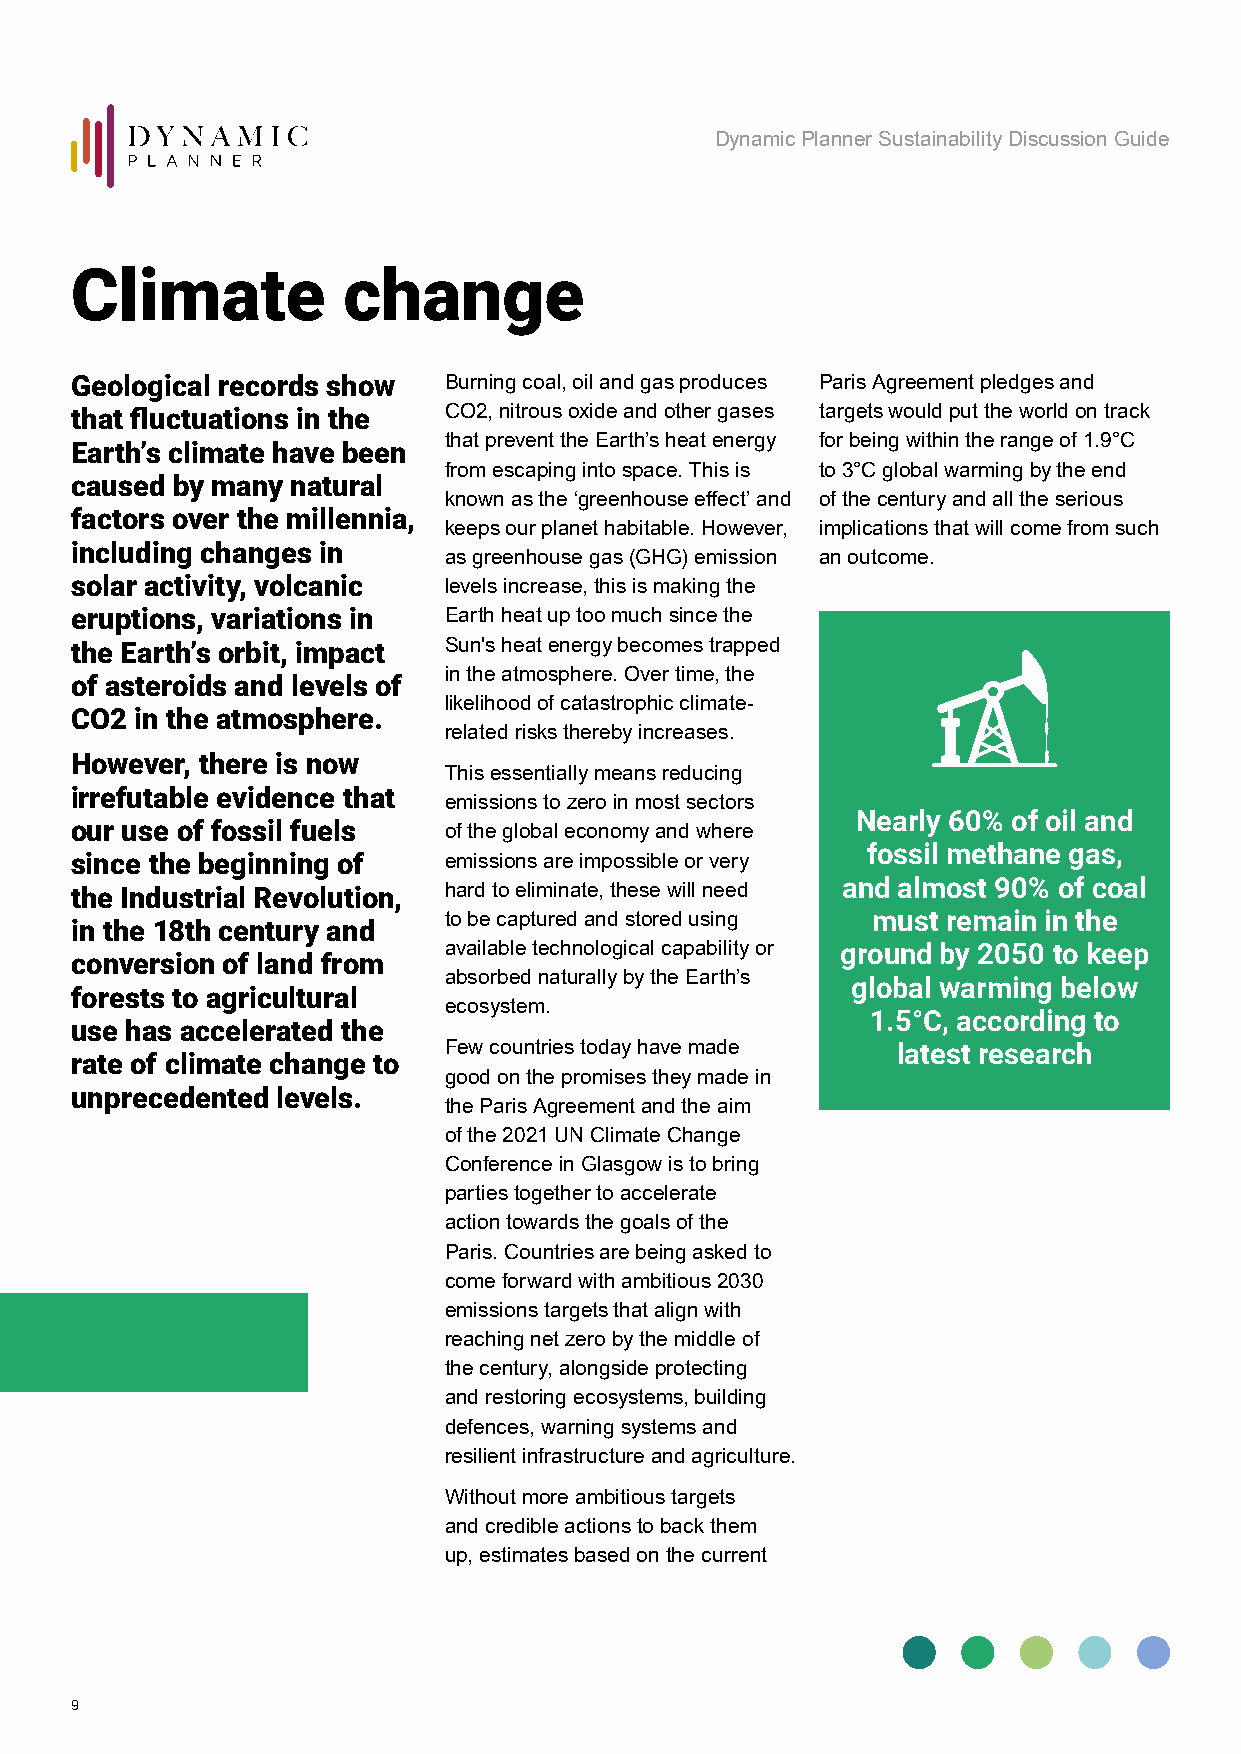
Dynamic Planner Sustainability Discussion Guide
 Climate           change
 Geological records show Burning coal, oil and gas produces Paris Agreement pledges and
 that fluctuations in the CO2, nitrous oxide and other gases targets would put the world on track
 that prevent the Earth’s heat energy for being within the range of 1.9°C
 Earth’s climate have been
 from escaping into space. This is to 3°C global warming by the end
 caused by many natural
 known as the ‘greenhouse effect’ and of the century and all the serious
 factors over the millennia,
 keeps our planet habitable. However, implications that will come from such
 including changes in
 as greenhouse gas (GHG) emission an outcome.
 solar activity, volcanic levels increase, this is making the
 eruptions, variations in Earth heat up too much since the
 the Earth’s orbit, impact Sun's heat energy becomes trapped
 in the atmosphere. Over time, the
 of asteroids and levels of
 likelihood of catastrophic climate-
 CO2 in the atmosphere.
 related risks thereby increases.
 However, there is now
 This essentially means reducing
 irrefutable evidence that
 emissions to zero in most sectors
 Nearly 60% of oil and
 our use of fossil fuels of the global economy and where
 fossil methane gas,
 since the beginning of  emissions are impossible or very
 the Industrial Revolution, hard to eliminate, these will need and almost 90% of coal
 to be captured and stored using must remain in the
 in the 18th century and
 available technological capability or ground by 2050 to keep
 conversion of land from
 absorbed naturally by the Earth’s
 global warming below
 forests to agricultural
 ecosystem.
 1.5°C, according to
 use has accelerated the
 Few countries today have made latest research
 rate of climate change to
 good on the promises they made in
 unprecedented levels.
 the Paris Agreement and the aim
 of the 2021 UN Climate Change
 Conference in Glasgow is to bring
 parties together to accelerate
 action towards the goals of the
 Paris. Countries are being asked to
 come forward with ambitious 2030
 emissions targets that align with
 reaching net zero by the middle of
 the century, alongside protecting
 and restoring ecosystems, building
 defences, warning systems and
 resilient infrastructure and agriculture.
 Without more ambitious targets
 and credible actions to back them
 up, estimates based on the current
 9